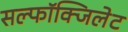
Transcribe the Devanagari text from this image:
सल्फॉक्जिलेट